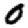
Digit: 0